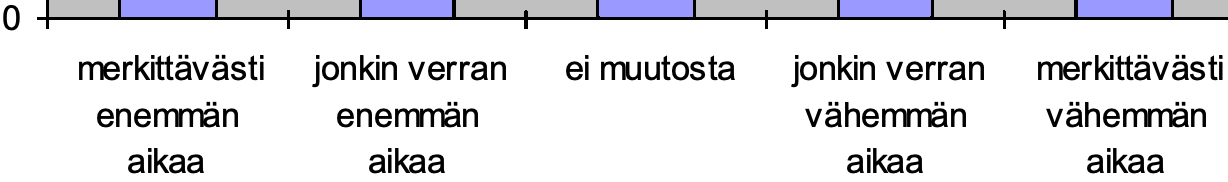
0 merkittävästi jonkin verran ei muutosta jonkin verran merkittävästi enemmän enemmän         vähemmän vähemmän aikaa   aikaa           aikaa   aikaa